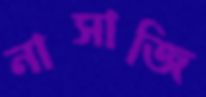
নাসাজি